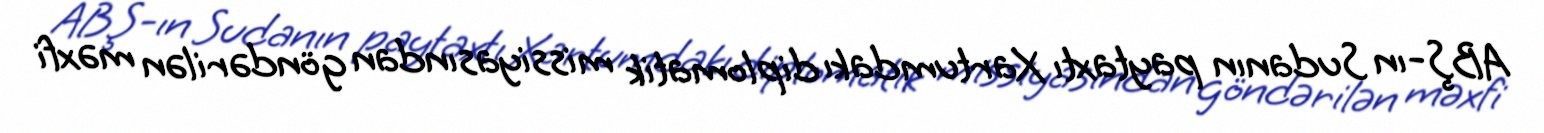
ABŞ-ın Sudanın paytaxtı Xartumdakı diplomatik missiyasından göndərilən məxfi